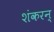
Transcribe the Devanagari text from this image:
शंकरन्